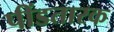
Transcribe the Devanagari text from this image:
पींडतारक